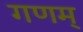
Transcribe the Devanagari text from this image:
गणम्